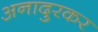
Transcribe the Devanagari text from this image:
अनादुरकर